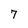
Character: 7